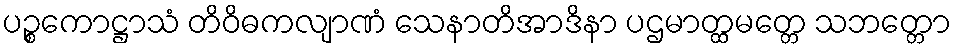
ပဉ္စကောဋ္ဌာသံ တိဝိဓကလျာဏံ သေနာတိအာဒိနာ ပဌမာတ္ထမတ္တေ သဘတ္တော